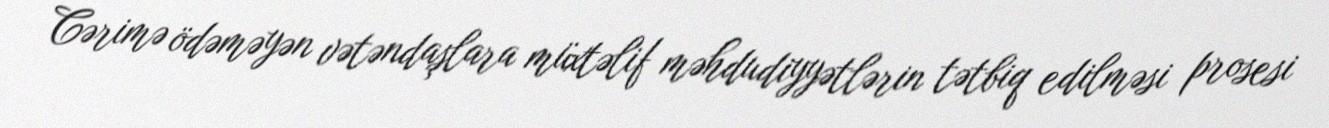
Cərimə ödəməyən vətəndaşlara müxtəlif məhdudiyyətlərin tətbiq edilməsi prosesi